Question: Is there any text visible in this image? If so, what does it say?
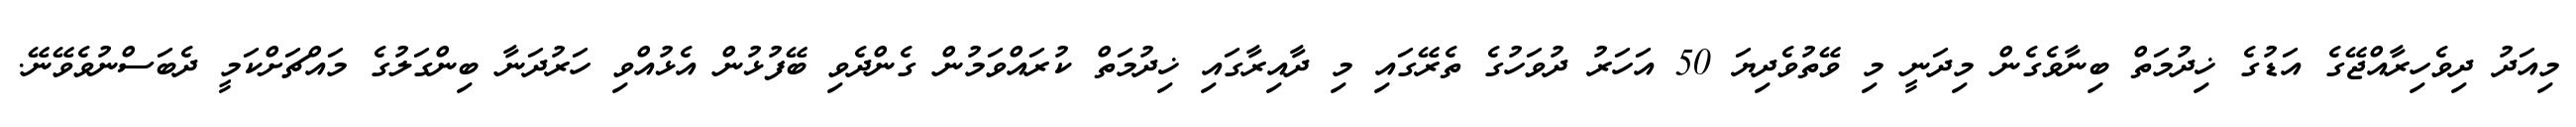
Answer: މިއަދު ދިވެހިރާއްޖޭގެ އަޑުގެ ޚިދުމަތް ބިނާވެގެން މިދަނީ މި ވޭތުވެދިޔަ 50 އަހަރު ދުވަހުގެ ތެރޭގައި މި ދާއިރާގައި ޚިދުމަތް ކުރައްވަމުން ގެންދެވި ބޭފުޅުން އެޅުއްވި ހަރުދަނާ ބިންގަލުގެ މައްޗަށްކަމީ ދެބަސްނުވެވޭނޭ.